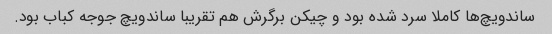
ساندویچ‌ها کاملا سرد شده بود و چیکن برگرش هم تقریبا ساندویچ جوجه کباب بود.